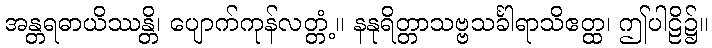
အန္တရဓာယိဿန္တိ၊ ပျောက်ကုန်လတ္တံ့။ နနုရိတ္တာသဗ္ဗသင်္ခါရာသိဧတ္ထ၊ ဤပါဠိ၌။